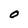
Character: O